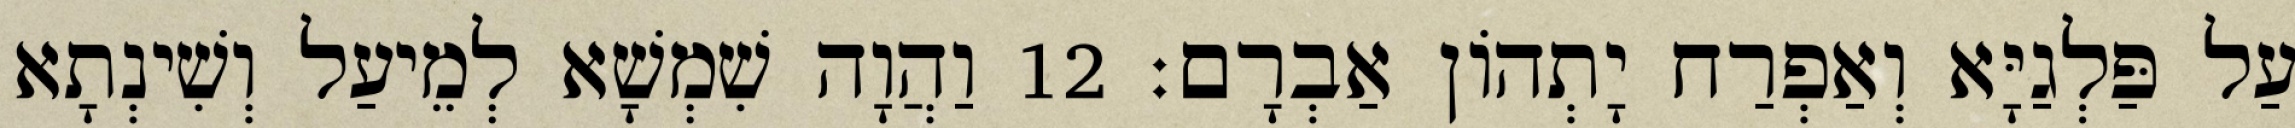
עַל פַּלְגַיָּא וְאַפְרַח יָתְהוֹן אַבְרָם׃ 12 וַהֲוָה שִׁמְשָׁא לְמֵיעַל וְשִׁינְתָא